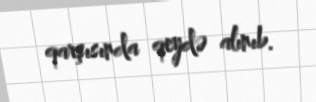
qarşısında qeydə alınıb.